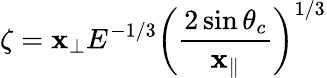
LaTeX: \zeta=\mathbf{x}_{\perp}E^{-1/3}\left(\frac{{2\sin\theta_{c}}}{{\mathbf{x}_{\parallel}}}\right)^{1/3}